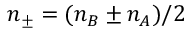
n _ { \pm } = ( n _ { B } \pm n _ { A } ) / 2